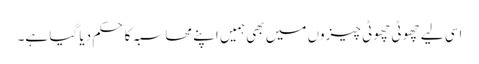
اسی لیے چھوٹی چھوٹی چیزوں میں بھی ہمیں اپنے محاسبہ کا حکم دیا گیا ہے۔